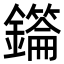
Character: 𮣜